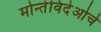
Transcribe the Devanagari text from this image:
मोन्तेविदेओचे